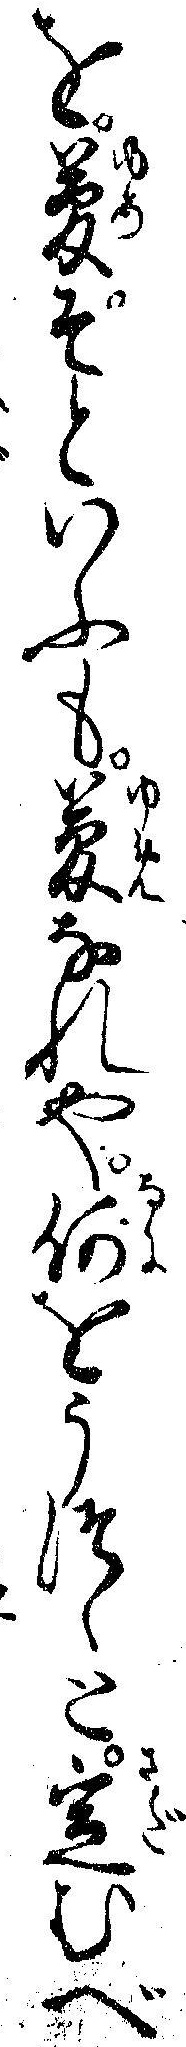
を夢ぞといふも夢なれや何をうつゝと定むべ